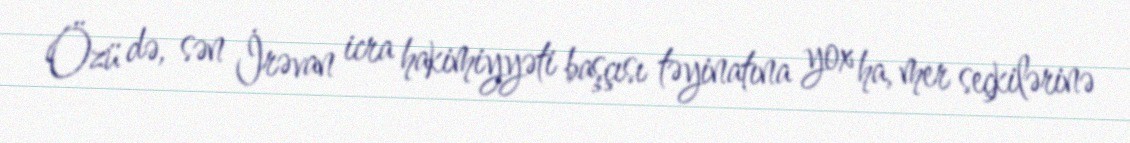
Özü də, sən İrəvan icra hakimiyyəti başçısı təyinatına yox ha, mer seçkilərinə